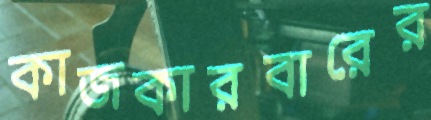
কাজকারবারের